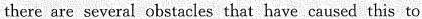
there are several obstacles that have caused this to